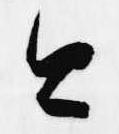
今